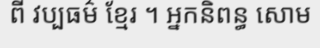
ពី វប្បធម៌ ខ្មែរ ។ អ្នកនិពន្ធ សោម